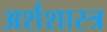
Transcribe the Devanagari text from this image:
अर्शशास्त्र